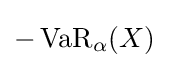
-\operatorname {VaR} _{\alpha }(X)